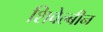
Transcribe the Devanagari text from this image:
शिवेल्बीन